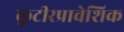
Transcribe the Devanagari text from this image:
कुटीरप्रावेशिक